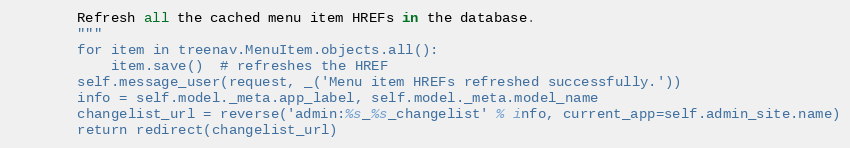
Language: Python
        Refresh all the cached menu item HREFs in the database.
        """
        for item in treenav.MenuItem.objects.all():
            item.save()  # refreshes the HREF
        self.message_user(request, _('Menu item HREFs refreshed successfully.'))
        info = self.model._meta.app_label, self.model._meta.model_name
        changelist_url = reverse('admin:%s_%s_changelist' % info, current_app=self.admin_site.name)
        return redirect(changelist_url)